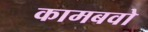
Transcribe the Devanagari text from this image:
कामबवो